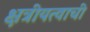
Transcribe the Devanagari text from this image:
क्षत्रीयत्वाची